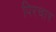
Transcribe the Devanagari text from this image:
पिरचार